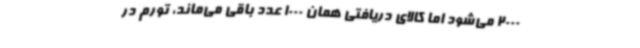
2000 می‌شود اما کالای دریافتی همان 1000 عدد باقی می‌ماند، تورم در